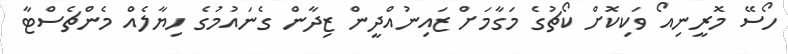
ހޯސޭ މޮރީނިއޯ ވަކިކޮށް ކޯޗުގެ މަގާމަށް ޒަައިނުއްދީން ޒިދާން ގެނައުމުގެ ހިޔާލެއް މެންޗެސްޓާ